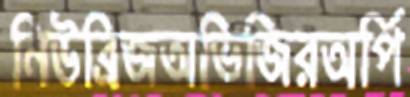
নিউব্রিজঅভিজিরঅর্পি